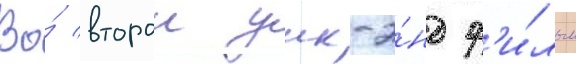
Во́ второи уик-э́нд ф'и́льм